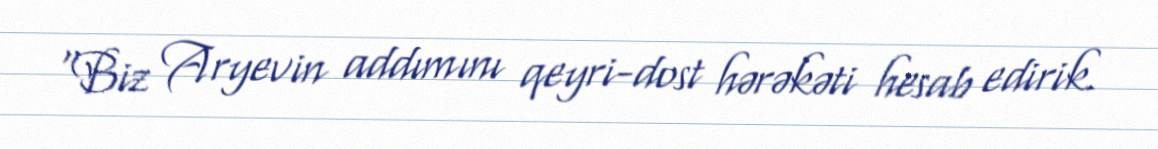
“Biz Aryevin addımını qeyri-dost hərəkəti hesab edirik.